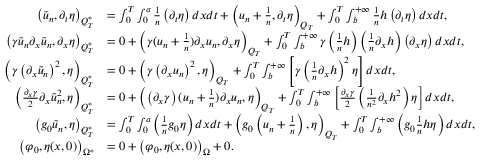
\begin{array} { r l } { \left( \tilde { u } _ { n } , \partial _ { t } \eta \right) _ { Q _ { T } ^ { * } } } & { = \int _ { 0 } ^ { T } \int _ { 0 } ^ { a } \frac { 1 } { n } \left( \partial _ { t } \eta \right) d x d t + \left( u _ { n } + \frac { 1 } { n } , \partial _ { t } \eta \right) _ { Q _ { T } } + \int _ { 0 } ^ { T } \int _ { b } ^ { + \infty } \frac { 1 } { n } h \left( \partial _ { t } \eta \right) d x d t , } \\ { \left( \gamma \tilde { u } _ { n } \partial _ { x } \tilde { u } _ { n } , \partial _ { x } \eta \right) _ { Q _ { T } ^ { * } } } & { = 0 + \left( \gamma ( u _ { n } + \frac { 1 } { n } ) \partial _ { x } u _ { n } , \partial _ { x } \eta \right) _ { Q _ { T } } + \int _ { 0 } ^ { T } \int _ { b } ^ { + \infty } \gamma \left( \frac { 1 } { n } h \right) \left( \frac { 1 } { n } \partial _ { x } h \right) \left( \partial _ { x } \eta \right) d x d t , } \\ { \left( \gamma \left( \partial _ { x } \tilde { u } _ { n } \right) ^ { 2 } , \eta \right) _ { Q _ { T } ^ { * } } } & { = 0 + \left( \gamma \left( \partial _ { x } u _ { n } \right) ^ { 2 } , \eta \right) _ { Q _ { T } } + \int _ { 0 } ^ { T } \int _ { b } ^ { + \infty } \left[ \gamma \left( \frac { 1 } { n } \partial _ { x } h \right) ^ { 2 } \eta \right] d x d t , } \\ { \left( \frac { \partial _ { x } \gamma } { 2 } \partial _ { x } \tilde { u } _ { n } ^ { 2 } , \eta \right) _ { Q _ { T } ^ { * } } } & { = 0 + \left( \left( \partial _ { x } \gamma \right) ( u _ { n } + \frac { 1 } { n } ) \partial _ { x } u _ { n } , \eta \right) _ { Q _ { T } } + \int _ { 0 } ^ { T } \int _ { b } ^ { + \infty } \left[ \frac { \partial _ { x } \gamma } { 2 } \left( \frac { 1 } { n ^ { 2 } } \partial _ { x } h ^ { 2 } \right) \eta \right] d x d t , } \\ { \left( g _ { 0 } \tilde { u } _ { n } , \eta \right) _ { Q _ { T } ^ { * } } } & { = \int _ { 0 } ^ { T } \int _ { 0 } ^ { a } \left( \frac { 1 } { n } g _ { 0 } \eta \right) d x d t + \left( g _ { 0 } \left( u _ { n } + \frac { 1 } { n } \right) , \eta \right) _ { Q _ { T } } + \int _ { 0 } ^ { T } \int _ { b } ^ { + \infty } \left( g _ { 0 } \frac { 1 } { n } h \eta \right) d x d t , } \\ { \left( \varphi _ { 0 } , \eta ( x , 0 ) \right) _ { \Omega ^ { * } } } & { = 0 + \left( \varphi _ { 0 } , \eta ( x , 0 ) \right) _ { \Omega } + 0 . } \end{array}